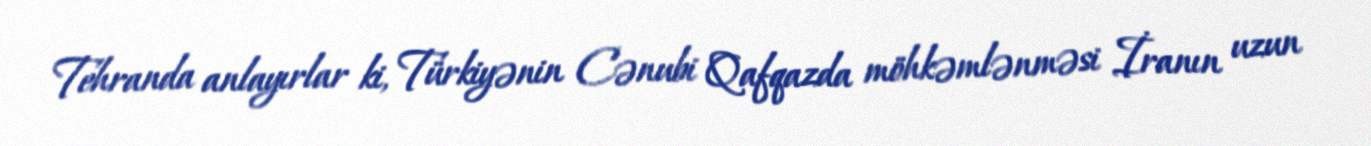
Tehranda anlayırlar ki, Türkiyənin Cənubi Qafqazda möhkəmlənməsi İranın uzun